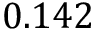
0 . 1 4 2